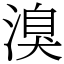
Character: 溴